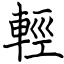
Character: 輕